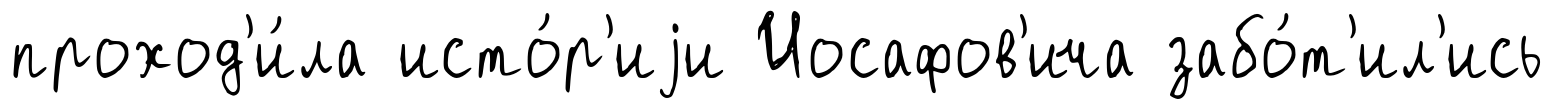
проход'и́ла исто́р'иjи Иосафов'ича забо́т'ил'ись